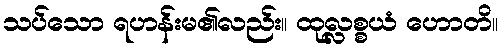
သပ်သော ရဟန်းမ၏လည်း။ ထုလ္လစ္စယံ ဟောတိ။